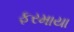
ફરમાયા